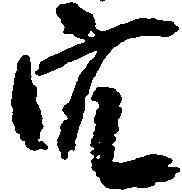
穴